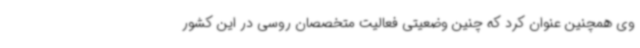
وی همچنین عنوان کرد که چنین وضعیتی فعالیت متخصصان روسی در این کشور